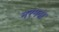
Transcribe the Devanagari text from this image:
नरमदा